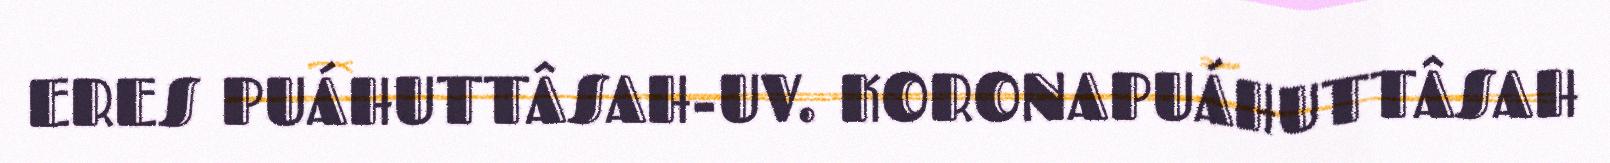
ERES PUÁHUTTÂSAH-UV. KORONAPUÁHUTTÂSAH